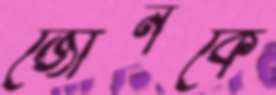
জোনকে